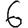
Digit: 6